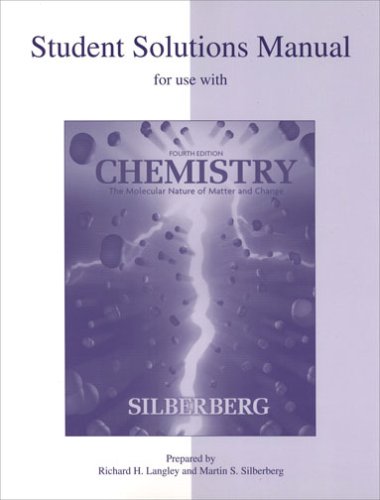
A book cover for Student Solutions Manual for use with Fourth Edition Chemistry: The Molecular Nature of Matter and Change; Martin Silberberg; Science & Math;